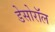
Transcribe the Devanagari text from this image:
डेसोरॉल